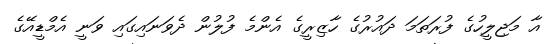
އާ މަޖިލީހުގެ ފުރަތަމަ ދައުރުގެ ހާޒިރީގެ އެންމެ ފުލުން ދެވަނައިގައި ވަނީ އެމްޑީއޭގެ